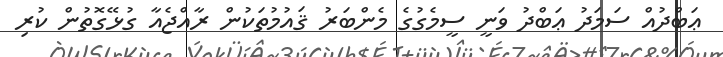
ޢަބްދުއް ސަމަދު ޢަބްދު ވަނީ ސީމެގުގެ މެންބަރު ޤައުމުތަކުން ރާއްޖެއާ ގުޅޭގޮތުން ކުރި